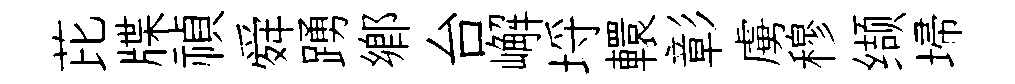
芘牒禎舜踴郷台嶰埓轘彰虜穆缬埽